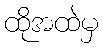
ထိုအထဲမှ